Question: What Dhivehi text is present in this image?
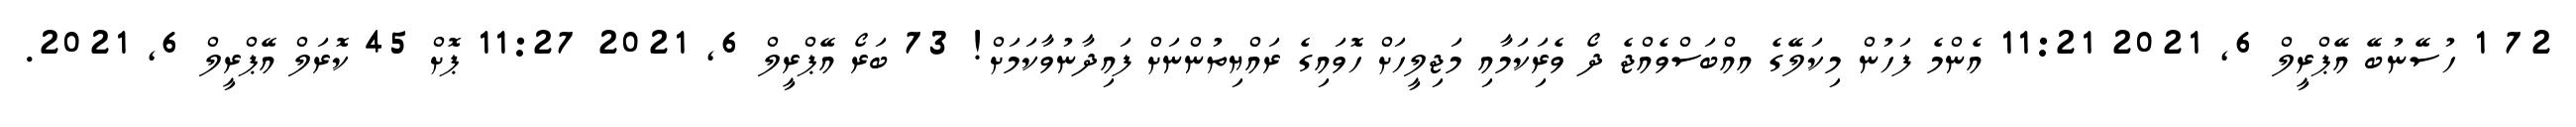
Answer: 72 1 ހުސޭނުބޭ އޭޕްރީލް 6, 2021 11:21 އެންމެ ފަހުން މިކަލޭގެ އއްބަސްވެއްޖެ ދޯ ވެރިަކަމާއި މަޖިލީހަށް ހޮވައިގެ ރައްޔިތުންނަށް ފައިދާނުވާކަމަށް! 73 ބަރޯ އޭޕްރީލް 6, 2021 11:27 ޕޮށް 45 ކޮރަލް އޭޕްރީލް 6, 2021.